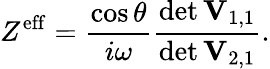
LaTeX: Z^{\mathrm{eff}}=\frac{\cos\theta}{i\omega}\frac{\operatorname*{det}\mathbf{V}_{1,1}}{\operatorname*{det}\mathbf{V}_{2,1}}.